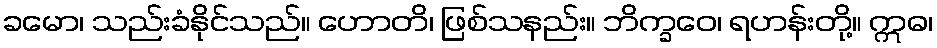
ခမော၊ သည်းခံနိုင်သည်။ ဟောတိ၊ ဖြစ်သနည်း။ ဘိက္ခဝေ၊ ရဟန်းတို့။ ဣဓ၊